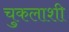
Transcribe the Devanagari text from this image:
चुकलाशी